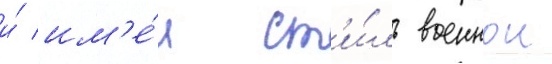
и́ им'е́л ст'и́ль военнои